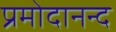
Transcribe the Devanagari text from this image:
प्रमोदानन्द